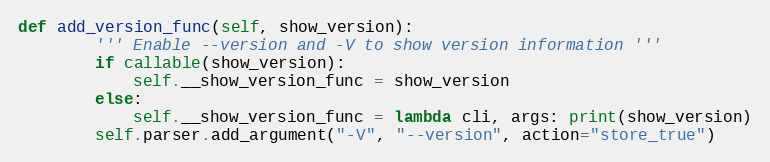
Language: Python
def add_version_func(self, show_version):
        ''' Enable --version and -V to show version information '''
        if callable(show_version):
            self.__show_version_func = show_version
        else:
            self.__show_version_func = lambda cli, args: print(show_version)
        self.parser.add_argument("-V", "--version", action="store_true")